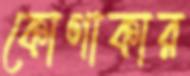
কোণাকার